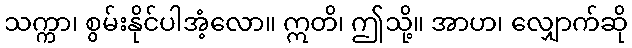
သက္ကာ၊ စွမ်းနိုင်ပါအံ့လော။ ဣတိ၊ ဤသို့။ အာဟ၊ လျှောက်ဆို